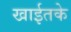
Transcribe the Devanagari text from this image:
खाईतके